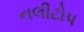
નલીટોપ